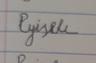
Signature authenticity: forged